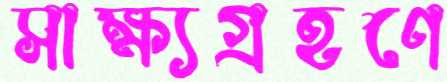
সাক্ষ্যগ্রহণে